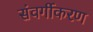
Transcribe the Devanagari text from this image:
संवर्गीकरण